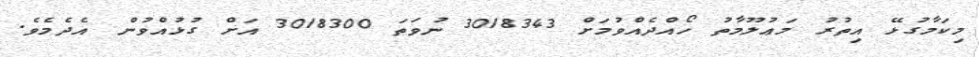
މިކަމާގުޅޭ އިތުރު މަޢުލޫމާތު ހޯއްދެއްވުމަށް 3018343 ނުވަތަ 3018300 އަށް ގުޅުއްވުން އެދެމެވެ.